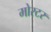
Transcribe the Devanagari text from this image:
मोरटर